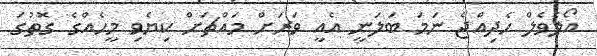
އޯލެވެލް ހެދިއްޖެ ނަމަ ބަލަނީ އެއީ ވަރަށް މައްޗަށް ކިޔެވި މީހެއްގެ ގޮތުގަ